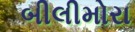
બીલીમોરા